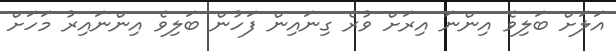
އަލަށް ބަލިވެ އިންނަ އިރަށް ވުރެ ގިނައިން ފަހުން ބަލިވެ އިންނައިރު މަހަށް